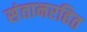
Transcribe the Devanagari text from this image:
संतानरहित